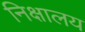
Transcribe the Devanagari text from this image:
निक्षालय